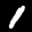
Label: 1